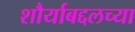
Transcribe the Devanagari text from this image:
शौर्याबद्दलच्या